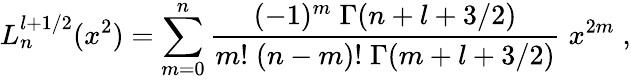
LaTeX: L_{n}^{l+1/2}(x^{2})=\sum_{m=0}^{n}\frac{(-1)^{m}\; \Gamma(n+l+3/2)}{m!\; (n-m)!\; \Gamma(m+l+3/2)}\; x^{2m}\; ,